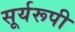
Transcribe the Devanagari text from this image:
सूर्यरूपी